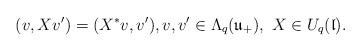
LaTeX: \begin{align*}(v, X v^\prime) = (X^* v, v^\prime), v, v^\prime \in \Lambda_q(\mathfrak{u}_+), \ X \in U_q(\mathfrak{l}).\end{align*}